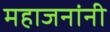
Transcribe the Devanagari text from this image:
महाजनांनी